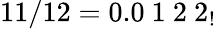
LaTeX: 11/12=0.0\ 1\ 2\ 2_{!}